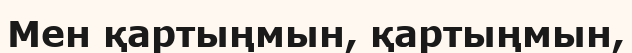
Мен қартыңмын, қартыңмын,